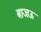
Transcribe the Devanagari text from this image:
बाजऊ